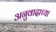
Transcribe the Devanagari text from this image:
अनुवादाच्‍या